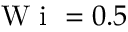
\mathrm { ~ W ~ i ~ } = 0 . 5